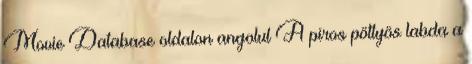
Movie Database oldalon angolul A piros pöttyös labda a